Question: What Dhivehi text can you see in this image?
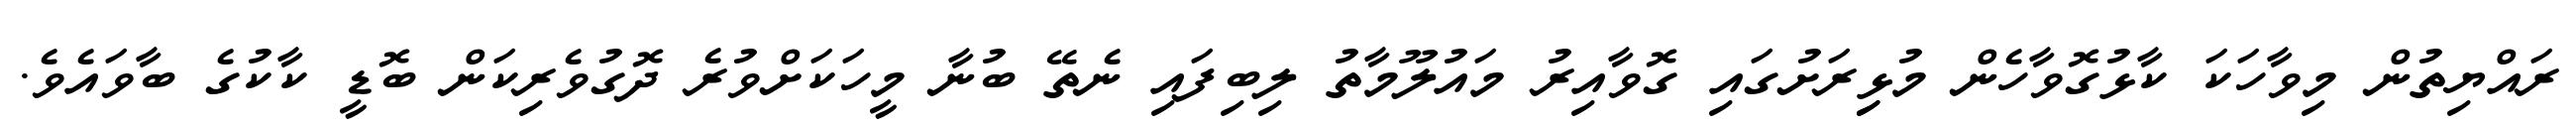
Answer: ރައްޔިތުން މިވާހަކަ ކާޅުގޮވާހެން މުޅިިރަށުގައި ގޮވާއިރު މައުލޫމާތު ލިބިފައި ނެތޭ ބުނާ މީހަކަށްވުރެ ދޮގުވެރިކަން ބޮޑީ ކާކުގެ ބާވައެވެ.